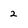
Character: 2